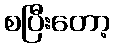
စပြီးတော့